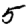
Digit: 5